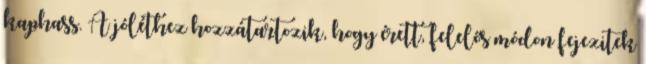
kaphass. A jóléthez hozzátartozik, hogy érett, felelős módon fejezitek